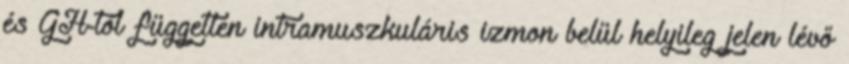
és GH-tól független intramuszkuláris izmon belül helyileg jelen lévő